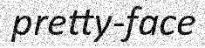
pretty-face